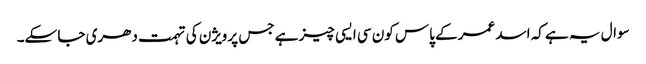
سوال یہ ہے کہ اسد عمر کے پاس کون سی ایسی چیز ہے جس پر ویژن کی تہمت دھری جا سکے۔